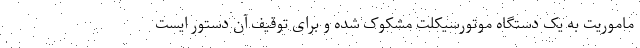
ماموریت به یک دستگاه موتورسیکلت مشکوک شده و برای توقیف آن دستور ایست